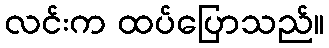
လင်းက ထပ်ပြောသည်။